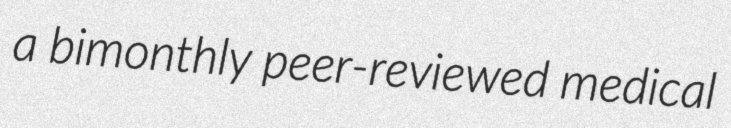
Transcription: a bimonthly peer-reviewed medical